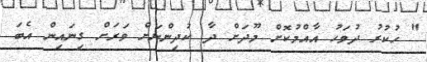
" ހުކުރު ދުވަހު އާއްމުކޮށް މޫދަށް ދާ ކުދިންނަށް ވަރަށް ގިނައިން އެބަ